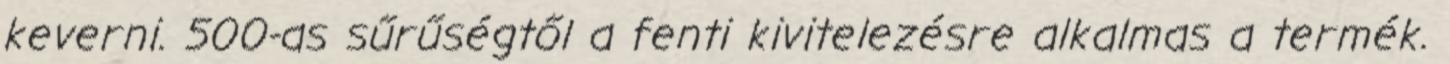
keverni. 500-as sűrűségtől a fenti kivitelezésre alkalmas a termék.